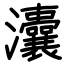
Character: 灢